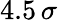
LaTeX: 4.5\, \sigma